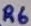
Text: R6